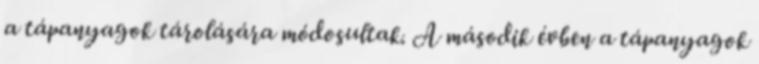
a tápanyagok tárolására módosultak. A második évben a tápanyagok